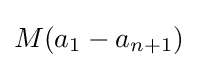
M(a_{1}-a_{n+1})